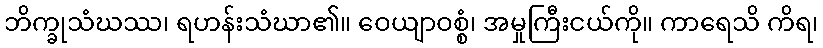
ဘိက္ခုသံဃဿ၊ ရဟန်းသံဃာ၏။ ဝေယျာဝစ္စံ၊ အမှုကြီးငယ်ကို။ ကာရေသိ ကိရ၊